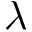
\lambda